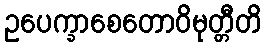
ဥပေက္ခာစေတောဝိမုတ္တီတိ